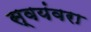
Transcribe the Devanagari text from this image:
स्वयंवरा